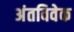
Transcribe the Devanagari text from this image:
अंतविवेक